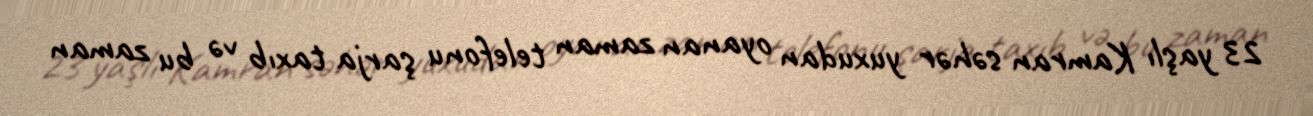
23 yaşlı Kamran səhər yuxudan oyanan zaman telefonu şarja taxıb və bu zaman